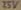
Text: 25V